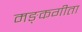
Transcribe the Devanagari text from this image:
मङ्कगीता